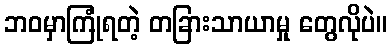
ဘဝမှာကြုံရတဲ့ တခြားသာယာမှု တွေလိုပဲ။